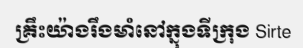
គ្រឹះយ៉ាងរឹងមាំនៅក្នុងទីក្រុង Sirte